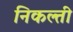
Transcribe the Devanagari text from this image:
निकल्ती